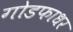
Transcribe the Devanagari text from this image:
गोडफाधर